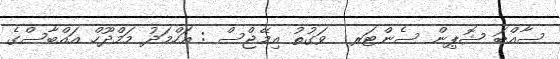
ސާއްބަ ޝޮޕިން ސެންޓަރ  ވަގުތު އިމޭޖްސް : އަހްމަދު މަމްދޫހް އައްބާސްގެ